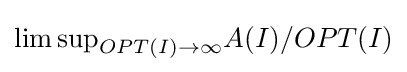
\lim \mathrm {sup} _{OPT(I)\rightarrow \infty }A(I)/OPT(I)